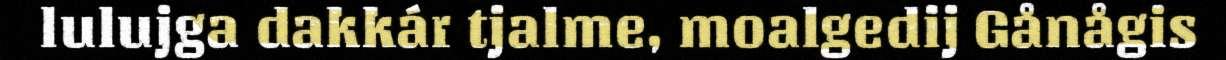
lulujga dakkár tjalme, moalgedij Gånågis